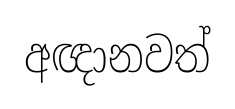
අඥානවත්